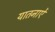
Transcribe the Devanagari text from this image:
यातनाऐं